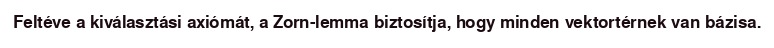
Feltéve a kiválasztási axiómát, a Zorn-lemma biztosítja, hogy minden vektortérnek van bázisa.